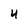
Character: 4